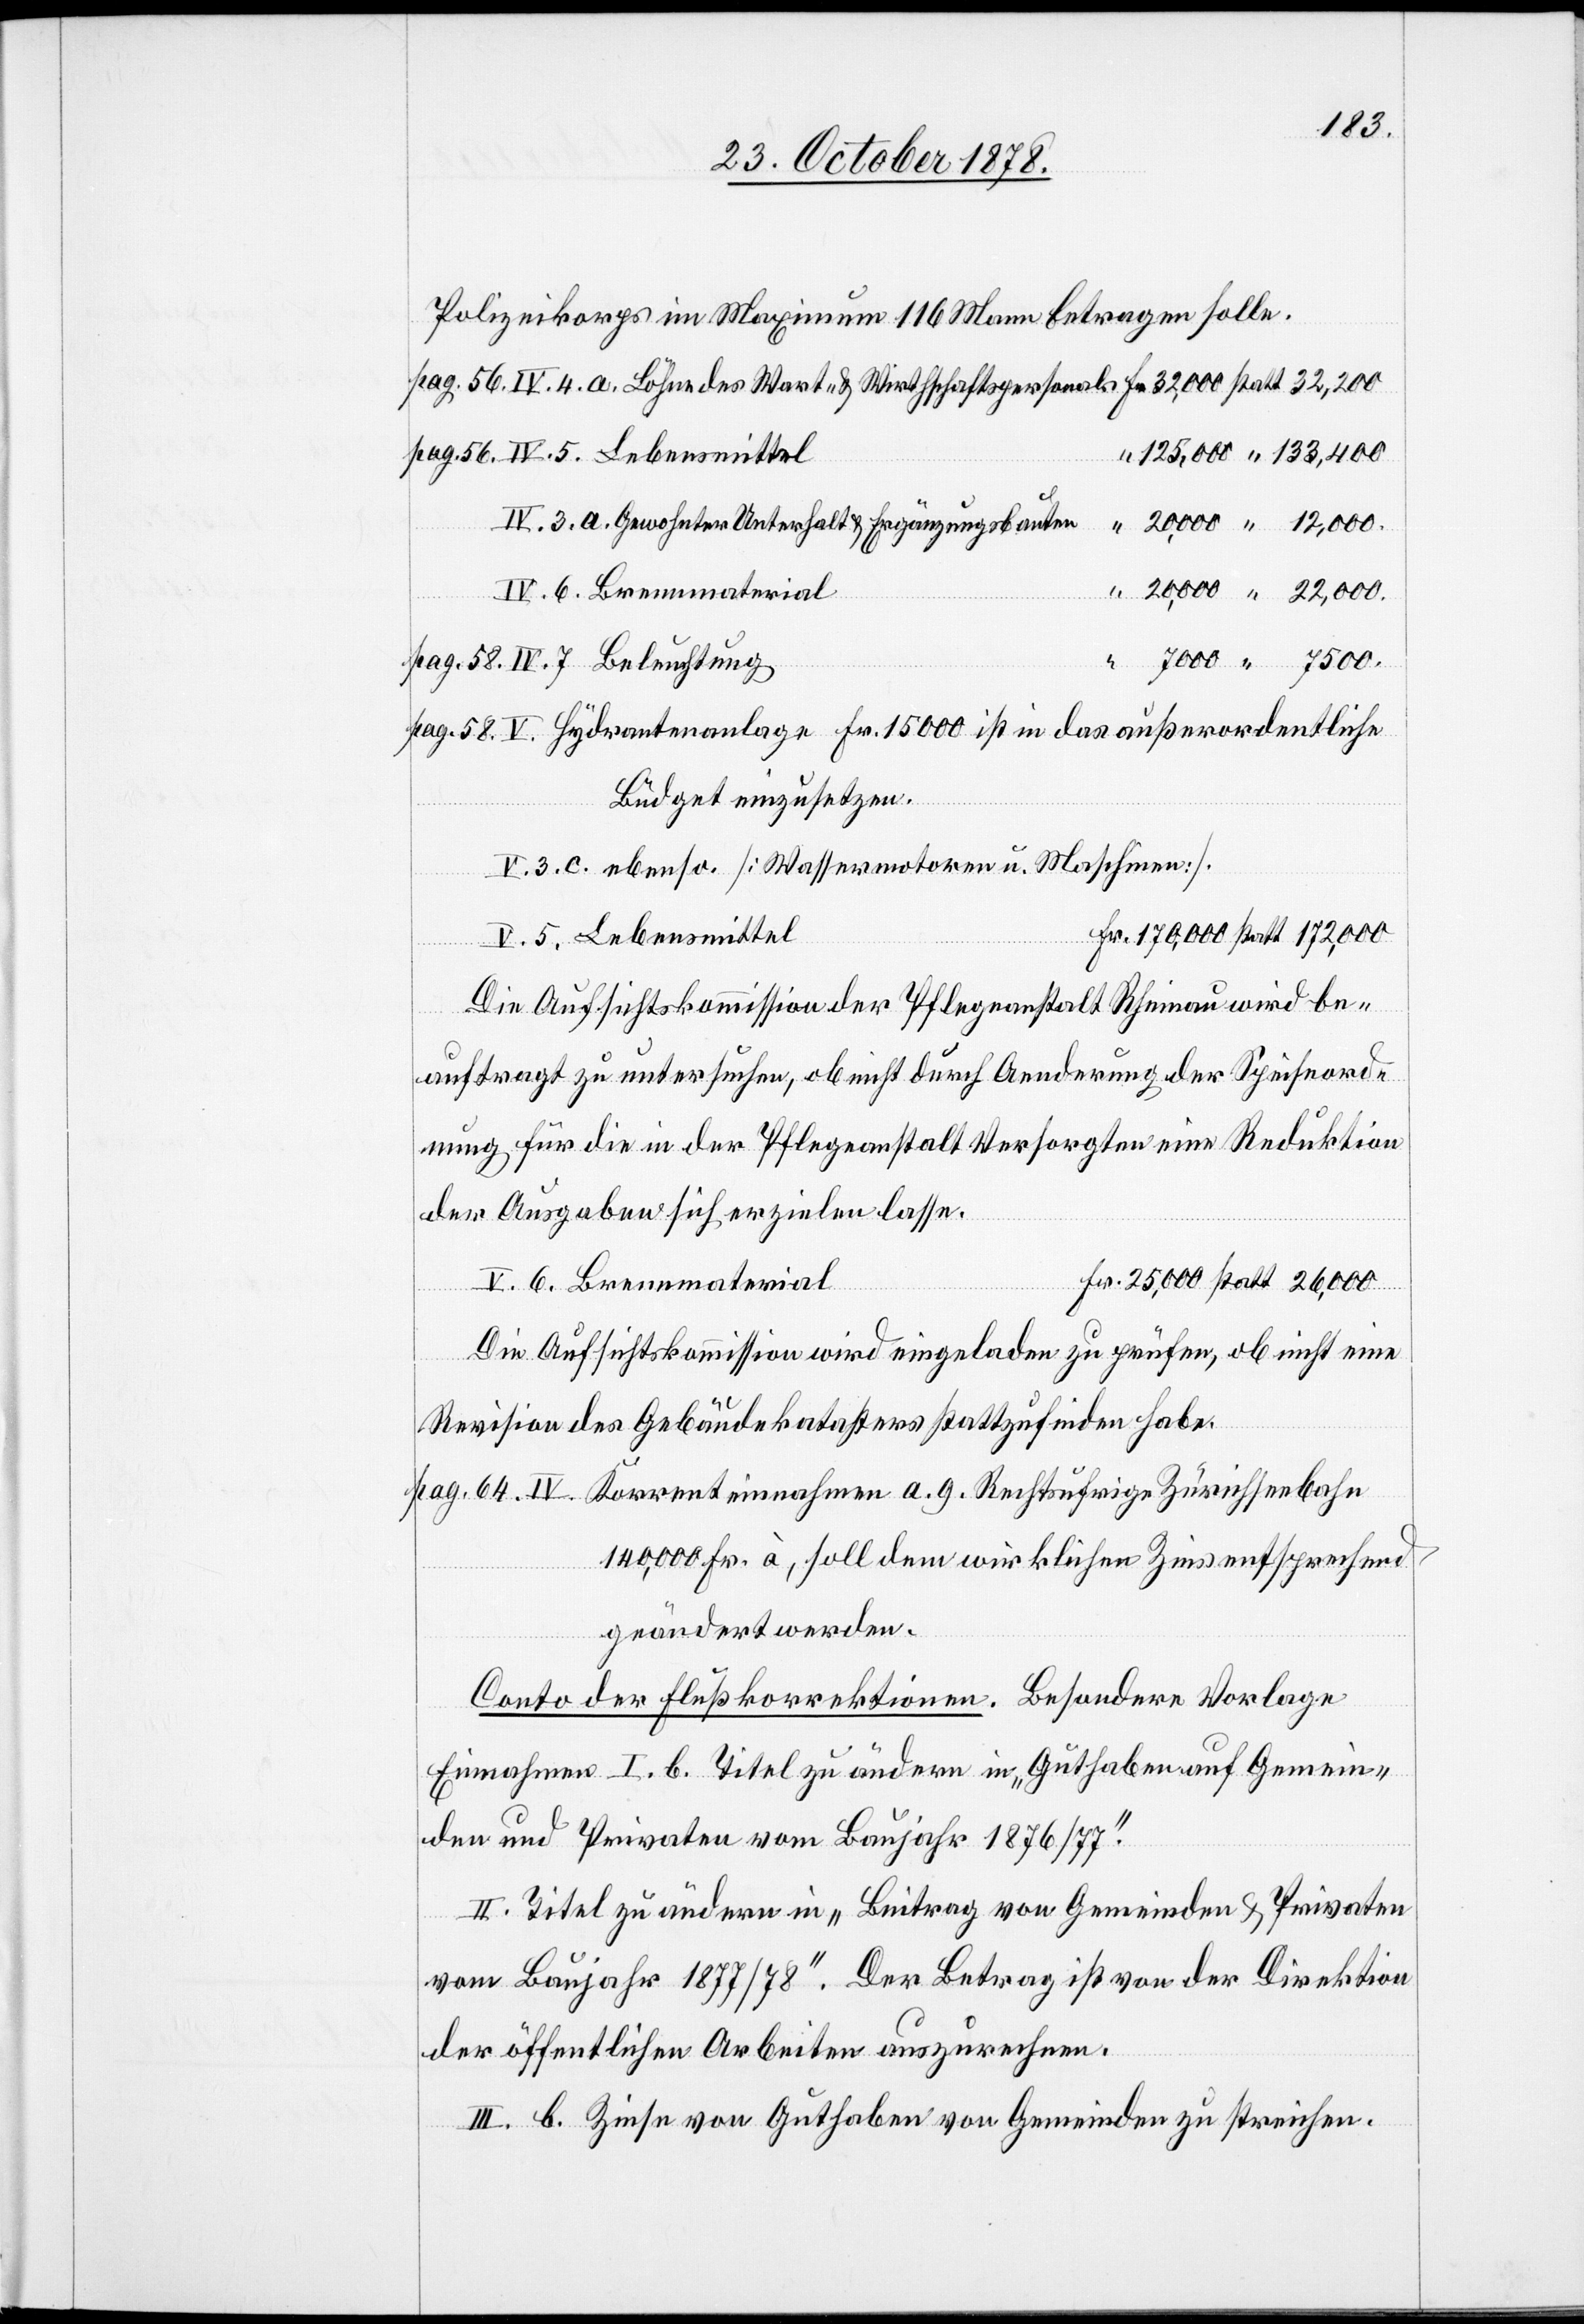
Polizeikorps im Maximum 116 Mann betragen solle.
zu
9.
Hydrantenanlage Fr. 15000 ist in das außerordentliche
Büdget einzusetzen.
Die Aufsichtskommission der Pflegeanstalt Rheinau wird be¬
auftragt zu untersuchen, ob nicht durch Anordnung der Speiseord¬
nung für die in der Pflegeanstalt Versorgten eine Reduktion
der Ausgaben sich erzielen lasse.
streichen.
Die Aufsichtskommission wird eingeladen zu prüfen, ob nicht eine
Revision des Gebäudekatasters stattzufinden habe.
140,000 Fr. à, soll dem wirklichen Zins entsprechend
geändert werden.
Conto der Flußkorrektionen. Besondere Vorlage
Einnahmen I. b. Titel zu ändern in „Guthaben auf Gemein¬
den und Privaten vom Baujahr 1876/77.“
II. Titel zu ändern in „Beitrag von Gemeinden & Privaten
vom Baujahr 1877/78“. Der Betrag ist von der Direktion
der öffentlichen Arbeiten auszurechnen.